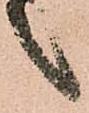
之